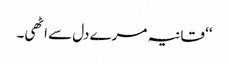
‘‘ قانیہ مرے دل سے اٹھی۔